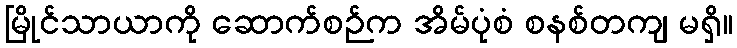
မြိုင်သာယာကို ဆောက်စဉ်က အိမ်ပုံစံ စနစ်တကျ မရှိ။